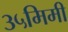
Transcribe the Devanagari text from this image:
३५मिमी